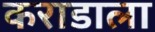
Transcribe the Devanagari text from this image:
कराडाला